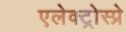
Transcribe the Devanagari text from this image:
एलेक्ट्रोस्प्रे